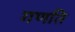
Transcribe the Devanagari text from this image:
गणति